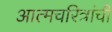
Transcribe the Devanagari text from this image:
आत्मचरित्रांची